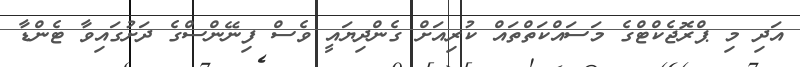
އަދި މި ޕްރޮޖެކްޓްގެ މަސައްކަތްތައް ކުރިއަށް ގެންދިޔައީ ވެސް ފިނޭންސްގެ ދަށުގައިވާ ޓެންޑާ